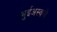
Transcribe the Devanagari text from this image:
भुईअस्वले